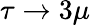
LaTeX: \tau\to 3\mu